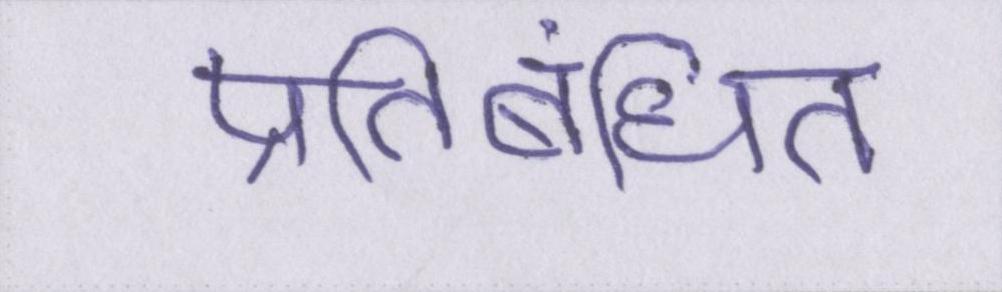
प्रतिबंधित